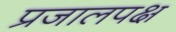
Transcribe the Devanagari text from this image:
प्रजालपक्ष